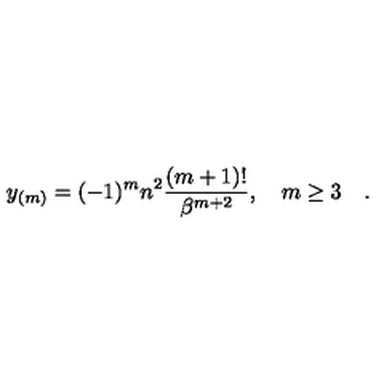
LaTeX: y _ { ( m ) } = ( - 1 ) ^ { m } n ^ { 2 } { \frac { ( m + 1 ) ! } { \beta ^ { m + 2 } } } , \quad m \ge 3 \quad .